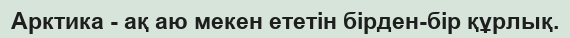
Арктика - ақ аю мекен ететін бірден-бір құрлық.